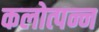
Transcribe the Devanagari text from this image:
कलोत्पन्न